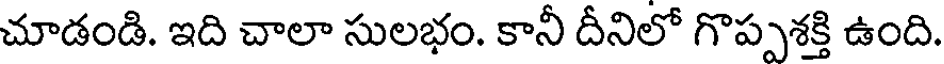
చూడండి. ఇది చాలా సులభం. కానీ దీనిలో గొప్పశక్తి ఉంది.